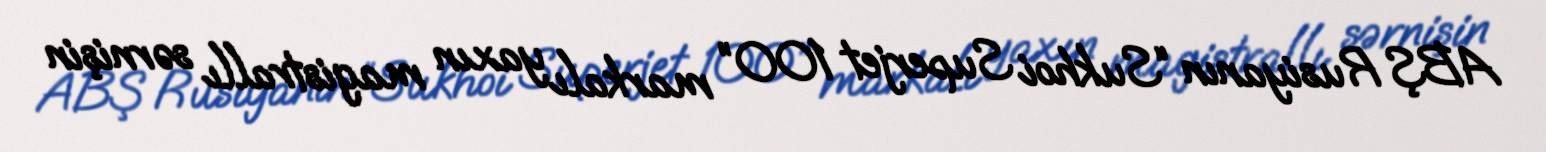
ABŞ Rusiyanın “Sukhoi Superjet 100” markalı yaxın magistrallı sərnişin